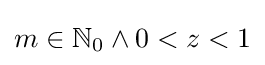
{\textstyle m\in \mathbb {N} _{0}\wedge 0<z<1}